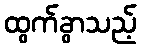
ထွက်ခွာသည့်